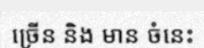
ច្រើន និង មាន ចំនេះ